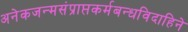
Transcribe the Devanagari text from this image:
अनेकजन्मसंप्राप्तकर्मबन्धविदाहिने